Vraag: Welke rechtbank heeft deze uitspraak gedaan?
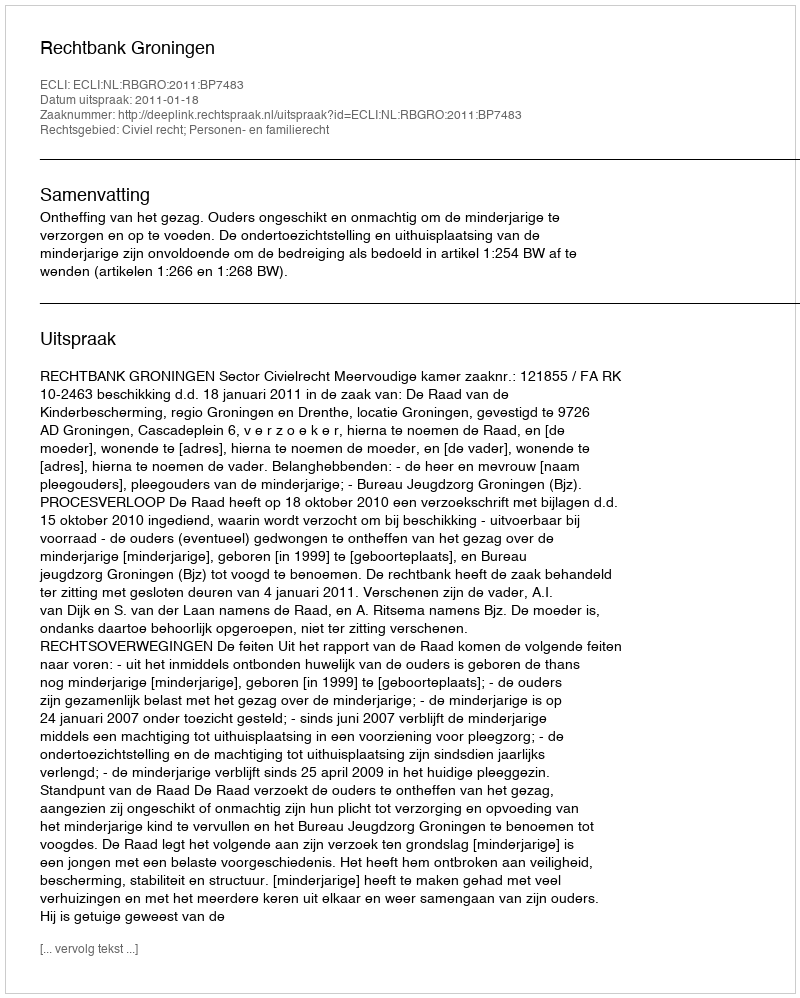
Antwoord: Rechtbank Groningen